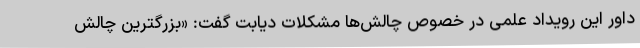
داور این رویداد علمی در خصوص چالش­ها مشکلات دیابت گفت: «بزرگترین چالش